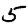
Digit: 5